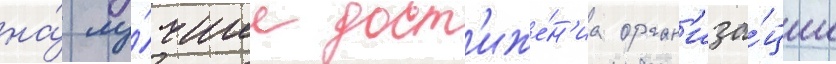
на́ лу́чшие дост'иже́н'иа орган'иза́ции